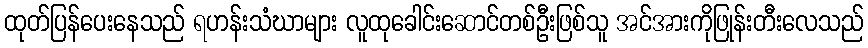
ထုတ်ပြန်ပေးနေသည် ရဟန်းသံဃာများ လူထုခေါင်းဆောင်တစ်ဦးဖြစ်သူ အင်အားကိုဖြုန်းတီးလေသည်